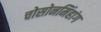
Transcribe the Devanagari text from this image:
चोसोनमिंहांग